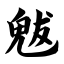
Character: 魃